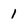
Character: 1